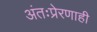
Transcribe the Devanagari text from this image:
अंतःप्रेरणाही